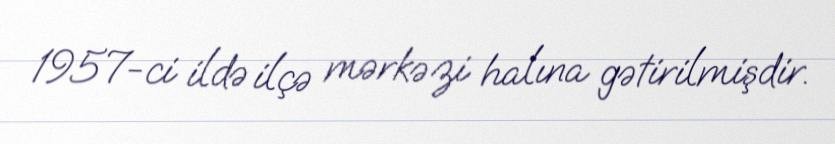
1957-ci ildə ilçə mərkəzi halına gətirilmişdir.